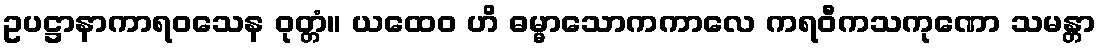
ဥပဋ္ဌာနာကာရဝသေန ဝုတ္တံ။ ယထေဝ ဟိ ဓမ္မာသောကကာလေ ကရဝီကသကုဏော သမန္တာ